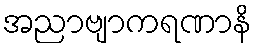
အညာဗျာကရဏာနိ